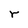
Character: r